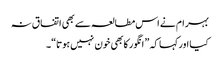
بہر ام نے اس مطالعہ سے بھی اتفا ق نہ
کیا اورکہا کہ ” انگور کابھی خون نہیں ہوتا“۔